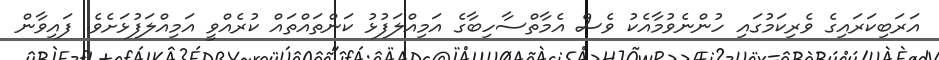
އަރަބިކަރައިގެ ވެރިކަމުގައި ހުންނެވުމާއެކު ވެސް އެމާތްސާހިބާގެ އަމިއްލަފުޅު ކަންތައްތައް ކުރެއްވީ އަމިއްލަފުޅަށެވެ. ފައިވާން